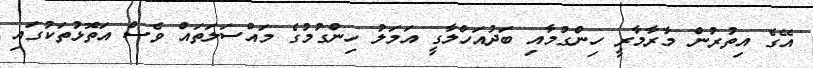
އޭގެ އިތުރުން މާރާމާރީ ހިންގުމާއި ބަދުއަހްލާގީ އަމަލު ހިންގުމުގެ މައްސަލަތައް ވެސް އަތޮޅުތަކުގައި